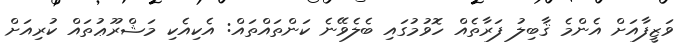
ވަޒީފާއަށް އެންމެ ޤާބިލު ފަރާތެއް ހޮވުމުގައި ބެލެވޭނެ ކަންތައްތައް: އެކިއެކި މަޝްރޫޢުތައް ކުރިއަށް